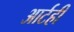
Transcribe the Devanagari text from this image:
आर्टही